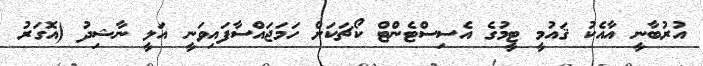
އުރުބާނީ އާއެކު ޤައުމީ ޓީމުގެ އެސިސްޓެންޓް ކޯޗަކަށް ހަމަޖައްސާފައިވަނީ އަލީ ނާޝިދު (އޮގަރު